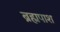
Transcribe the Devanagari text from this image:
ब्रह्मपाश